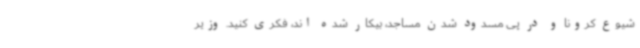
شیوع کرونا و در پی مسدود شدن مساجد، بیکار شده اند، فکری کنید. وزیر